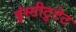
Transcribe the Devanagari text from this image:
इंस्टीटुटेट